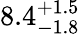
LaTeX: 8.4_{-1.8}^{+1.5}